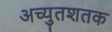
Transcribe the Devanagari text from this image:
अच्युतशतक